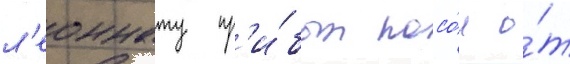
л'еоннату пр'и́был посо́л о́т